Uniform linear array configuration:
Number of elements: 4
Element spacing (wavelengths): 0.75
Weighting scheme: cosine
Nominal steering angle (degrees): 15
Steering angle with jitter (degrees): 15.737
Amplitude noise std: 0.05
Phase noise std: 0.05

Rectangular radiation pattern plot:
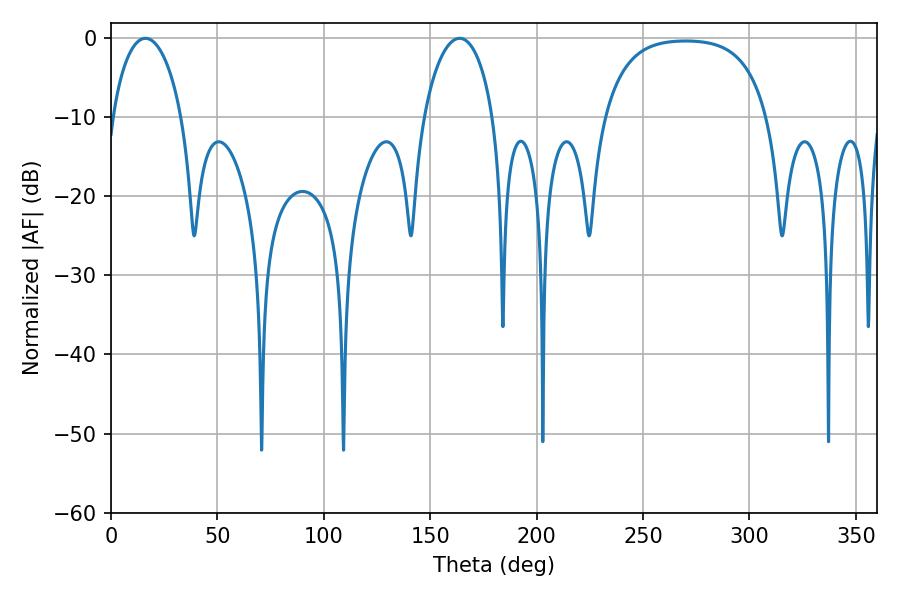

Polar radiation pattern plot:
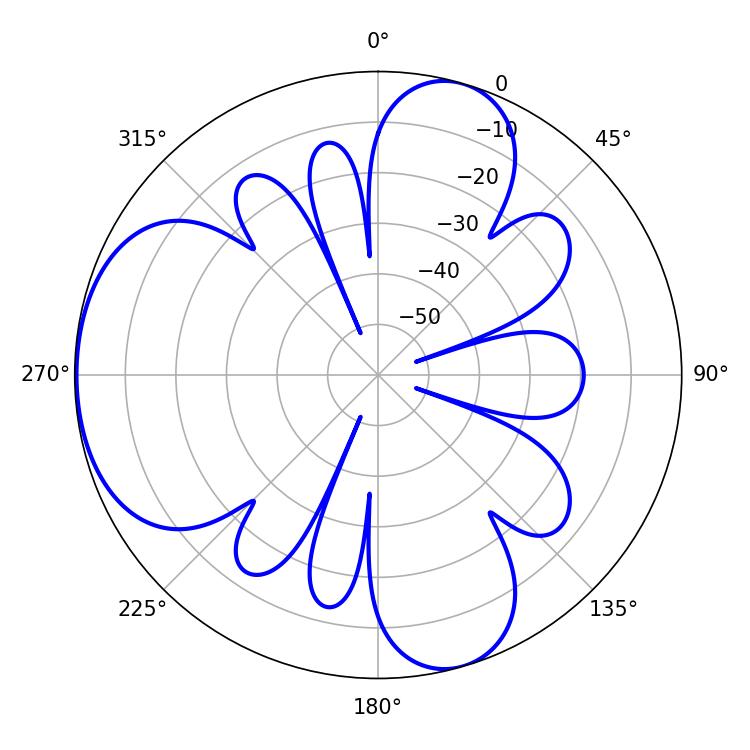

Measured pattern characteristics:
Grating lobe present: TRUE
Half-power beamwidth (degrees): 18.72
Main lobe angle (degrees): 16.2